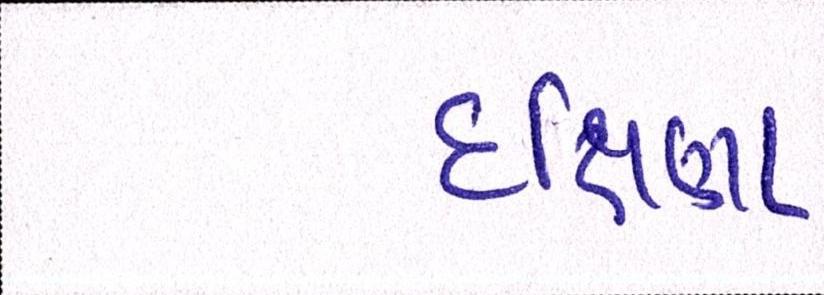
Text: દક્ષિણા